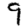
Digit: 9